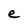
Character: e